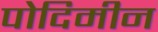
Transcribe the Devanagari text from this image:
पोदिमीन